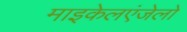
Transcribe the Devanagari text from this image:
माइकेलएंजेलो